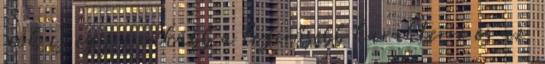
írók is egyre inkább a legerősebb karakterre és az